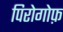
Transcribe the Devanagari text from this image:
पिरोगोफ़